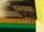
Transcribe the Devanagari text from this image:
लिङ्गं